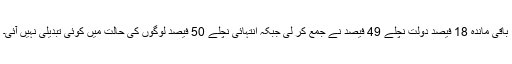
باقی ماندہ 18 فیصد دولت نچلے 49 فیصد نے جمع کر لی جبکہ انتہائی نچلے 50 فیصد لوگوں کی حالت میں کوئی تبدیلی نہیں آئی۔